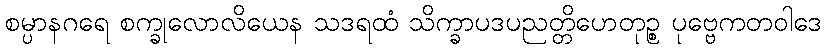
စမ္ပာနဂရေ စက္ခုလောလိယေန သဒရထံ သိက္ခာပဒပညတ္တိဟေတုဉ္စ ပုဗ္ဗေကတဝါဒေ